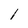
Character: l